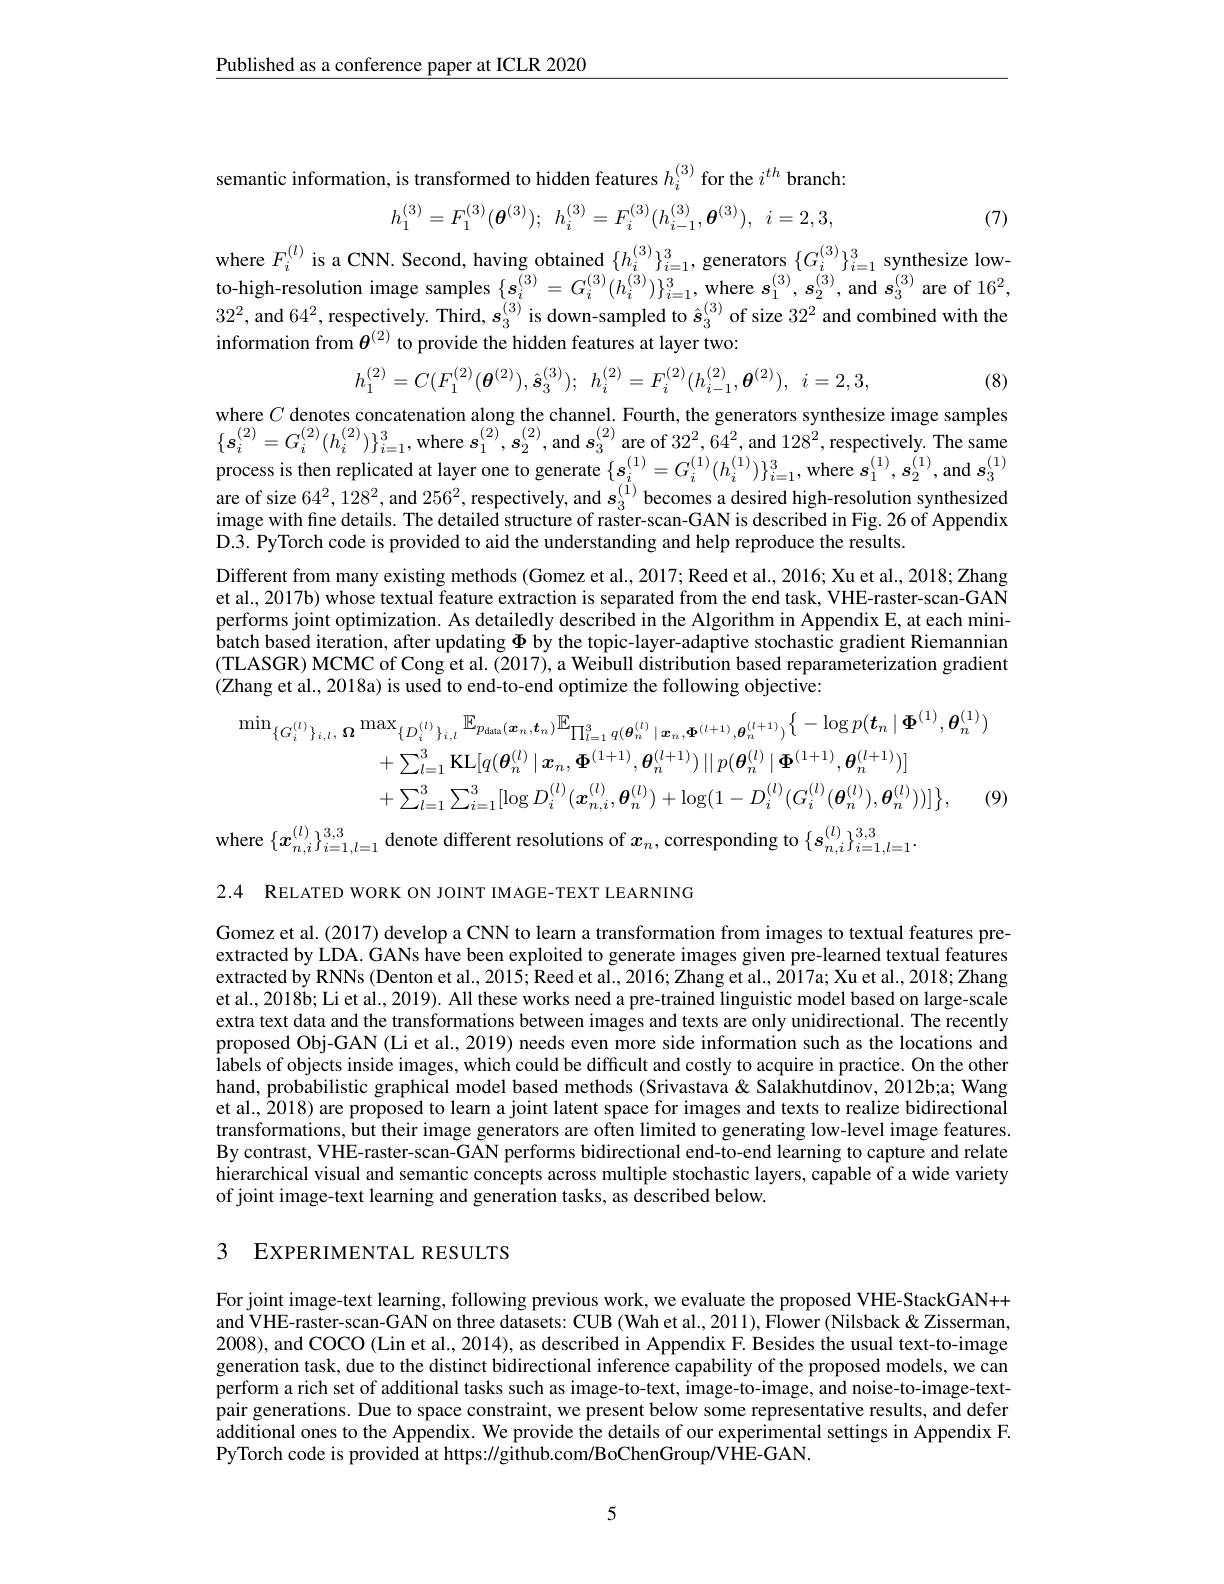
$\underline{\text{Published as a conference paper at ICLR 2020}}$

semantic information, is transformed to hidden features $h_i^{(3)}$ for the $i^{th}$ branch:
$$h_{1}^{(3)}=F_{1}^{(3)}(\boldsymbol{\theta}^{(3)});\:h_{i}^{(3)}=F_{i}^{(3)}(h_{i-1}^{(3)},\boldsymbol{\theta}^{(3)}),\:i=2,3,$$
(7)

where $F_i^{(l)}$ is a CNN. Second, having obtained $\{h_i^{(3)}\}_{i=1}^3$, generators $\{G_i^{(3)}\}_{i=1}^3$ synthesize lowto-high-resolution image samples $\{\boldsymbol{s}_i^{(3)}=G_i^{(3)}(h_i^{(3)})\}_{i=1}^3$, where $s_1^{(3)},\boldsymbol{s}_2^{(3)}$, and $\boldsymbol{s}_3^{(3)}$ are of $16^2$, $32^2$, and $64^2$, respectively. Third, $s_3^{(3)}$ is down-sampled to $\hat{s}_3^{(3)}$ of size $32^2$ and combined with the information from $\theta^{(2)}$ to provide the hidden features at layer two:
$$h_1^{(2)}=C(F_1^{(2)}(\boldsymbol{\theta}^{(2)}),\hat{\boldsymbol{s}}_3^{(3)});\:h_i^{(2)}=F_i^{(2)}(h_{i-1}^{(2)},\boldsymbol{\theta}^{(2)}),\:i=2,3,$$
(8)

where $C$ denotes concatenation along the channel. Fourth, the generators synthesize image samples $\{\boldsymbol{s}_{i}^{(2)}=G_{i}^{(2)}(h_{i}^{(2)})\}_{i=1}^{3}$,where $\boldsymbol s_1^{(2)},\boldsymbol{s}_{2}^{(2)}$,and $\boldsymbol s_3^{(2)}$are of $32^2,64^2$,and $128^2$,respectively.The same process is then replicated at layer one to generate $\{\boldsymbol{s}_i^{(1)}=G_i^{(1)}(h_i^{(1)})\}_{i=1}^3$, where $\boldsymbol{s}_1^{(1)},\boldsymbol{s}_2^{(1)}$,and $\boldsymbol{s}_3^{(1)}$ are of size $64^2,128^2$, and $256^2$, respectively, and $s_3^{(1)}$ becomes a desired high-resolution synthesized image with fine details. The detailed structure of raster-scan-GAN is described in Fig. 26 of Appendix D.3. PyTorch code is provided to aid the understanding and help reproduce the results.
Different from many existing methods (Gomez et al., 2017; Reed et al., 2016; Xu et al., 2018; Zhang et al., 2017b) whose textual feature extraction is separated from the end task, VHE-raster-scan-GAN performs joint optimization. As detailedly described in the Algorithm in Appendix E, at each minibatch based iteration, after updating $\Phi$ by the topic-layer-adaptive stochastic gradient Riemannian (TLASGR) MCMC of Cong et al. (2017), a Weibull distribution based reparameterization gradient (Zhang et al., 2018a) is used to end-to-end optimize the following objective:
$$\begin{aligned}\operatorname*{min}_{\{G_{i}^{(l)}\}_{i,l},\:\boldsymbol{\Omega}}\operatorname*{max}_{\{D_{i}^{(l)}\}_{i,l}}\mathbb{E}_{p_{\mathrm{data}}(\boldsymbol{x}_{n},\boldsymbol{t}_{n})}\mathbb{E}_{\prod_{i=1}^{3}q(\boldsymbol{\theta}_{n}^{(l)}\mid\boldsymbol{x}_{n},\boldsymbol{\Phi}^{(l+1)},\boldsymbol{\theta}_{n}^{(l+1)})}\big\{-\log p(\boldsymbol{t}_{n}\mid\boldsymbol{\Phi}^{(1)},\boldsymbol{\theta}_{n}^{(1)})\\&+\sum_{l=1}^{3}\mathbf{KL}[q(\boldsymbol{\theta}_{n}^{(l)}\mid\boldsymbol{x}_{n},\boldsymbol{\Phi}^{(1+1)},\boldsymbol{\theta}_{n}^{(l+1)})\mid||p(\boldsymbol{\theta}_{n}^{(l)}\mid\boldsymbol{\Phi}^{(1+1)},\boldsymbol{\theta}_{n}^{(l+1)})]\\&+\sum_{l=1}^{3}\sum_{i=1}^{3}[\log D_{i}^{(l)}(\boldsymbol{x}_{n,i}^{(l)},\boldsymbol{\theta}_{n}^{(l)})+\log(1-D_{i}^{(l)}(G_{i}^{(l)}(\boldsymbol{\theta}_{n}^{(l)}),\boldsymbol{\theta}_{n}^{(l)}))]\big\},&\text{(9)}\end{aligned}$$
where $\{x_n,i^{(l)}\}_{i=1,l=1}^{3,3}$ denote different resolutions of $x_n$, corresponding to $\{s_n,i^{(l)}\}_{i=1,l=1}^{3,3}.$

2.4 RELATED WORK ON JOINT IMAGE-TEXT LEARNING

Gomez et al. (2017) develop a CNN to learn a transformation from images to textual features preextracted by LDA. GANs have been exploited to generate images given pre-learned textual features extracted bý RNNs (Denton et al, 2015; Reed et al., 2016; Zhang et al., 2017a; Xu et al., 2018; Zhang et al., 2018b; Li et al., 2019). All these works need a pre-trained linguistic model based on large-scale extra text data and the transformations between images and texts are only unidirectional. The recently proposed Obj-GAN (Li et al., 2019) needs even more side information such as the locations and labels of objects inside images, which could be difficult and costly to acquire in practice. On the other hand, probabilistic graphical model based methods (Srivastava & Salakhutdinov, 2012b;a; Wang et al., $\hat{2} 018)$ are proposed to learn a joint latent space for images and texts to realize bidirectional transformations, but their image generators are often limited to generating low-level image features. By contrast, VHE-raster-scan-GAN performs bidirectional end-to-end learning to capture and relate hierarchical visual and semantic concepts across multiple stochastic layers, capable of a wide variety of joint image-text learning and generation tasks, as described below.

## 3 EXPERIMENTAL RESULTS

For joint image-text learning, following previous work, we evaluate the proposed VHE-StackGAN++ and VHE-raster-scan-GAN on three datasets: CUB (Wah et al., 2011), Flower (Nilsback & Zisserman, 2008), and COCO (Lin et al., 2014), as described in Appendix F. Besides the usual text-to-image generation task, due to the distinct bidirectional inference capability of the proposed models, we can perform a rich set of additional tasks such as image-to-text, image-to-image, and noise-to-image-textpair generations. Due to space constraint, we present below some representative results, and defer additional ones to the Appendix. We provide the details of our experimental settings in Appendix F. PyTorch code is provided at https://github.com/BoChenGroup/VHE-GAN.

5